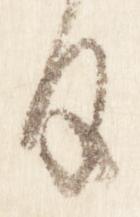
日